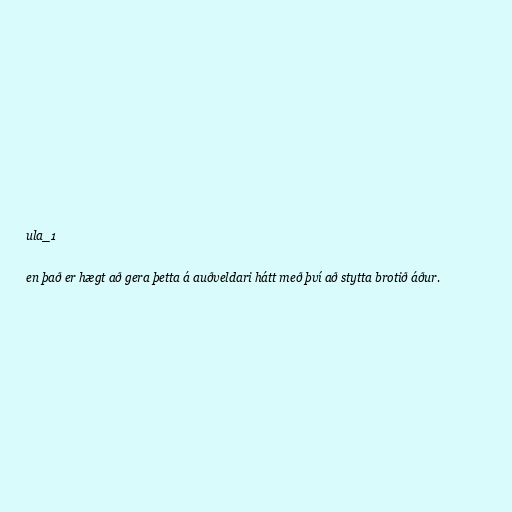
ula_1

en það er hægt að gera þetta á auðveldari hátt með því að stytta brotið áður.